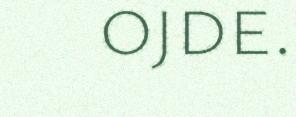
ojde.